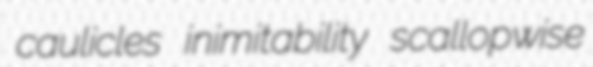
caulicles inimitability scallopwise